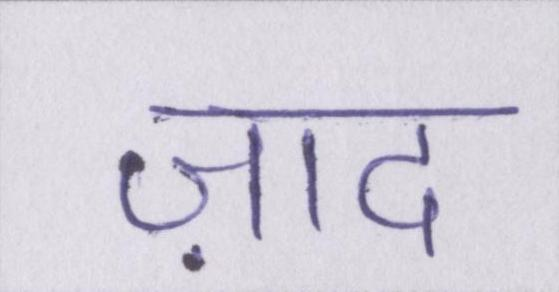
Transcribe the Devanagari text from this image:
ज़ाद